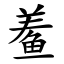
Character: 鲝